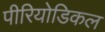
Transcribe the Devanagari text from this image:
पीरियोडिकल